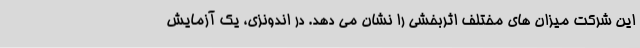
این شرکت میزان های مختلف اثربخشی را نشان می دهد. در اندونزی، یک آزمایش